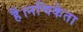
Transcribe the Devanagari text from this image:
हैं।नचिकेता